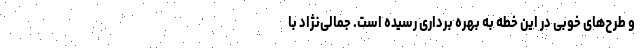
و طرح‌های خوبی در این خطه به بهره برداری رسیده است. جمالی‌نژاد با